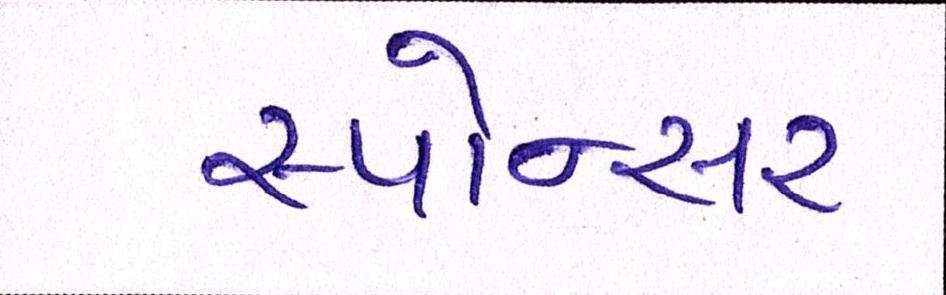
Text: સ્પોન્સર